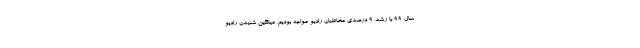
سال ۹۹ با رشد ۹ درصدی مخاطبان رادیو مواجه بودیم، میانگین شنیدن رادیو